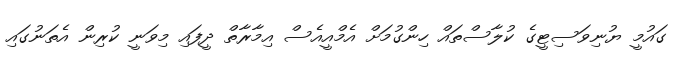
ގައުމީ ޔުނިވަސިޓީގެ ކުލާސްތައް ހިންގުމަށް އެމްއީއެސް އިމާރާތް ދީފައި މިވަނީ ކުރިން އެތަނުގައި